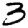
Digit: 3